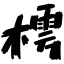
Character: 樗